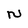
Character: N